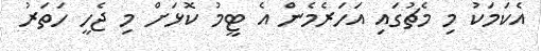
އެކަމަކު މި މެޗުގައި އަހަރެމެން އެ ޓީމު ކޮޅަށް މި ޖެހީ ހަތަރު